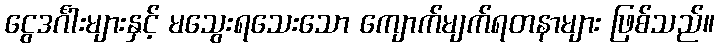
ငွေဒင်္ဂါးများနှင့် မသွေးရသေးသော ကျောက်မျက်ရတနာများ ဖြစ်သည်။